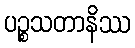
ပဉ္စသတာနိဿ